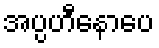
အပ္ပဟီနောပေ